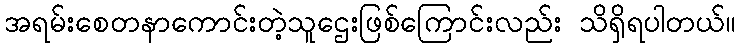
အရမ်းစေတနာကောင်းတဲ့သူဌေးဖြစ်ကြောင်းလည်း သိရှိရပါတယ်။